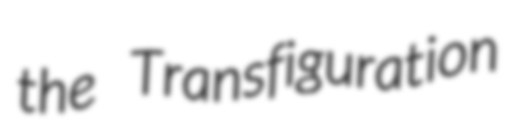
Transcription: the Transfiguration